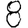
Digit: 8